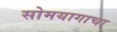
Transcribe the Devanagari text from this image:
सोमयागाचा